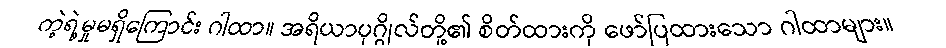
ကဲ့ရဲ့မှုမရှိကြောင်း ဂါထာ။ အရိယာပုဂ္ဂိုလ်တို့၏ စိတ်ထားကို ဖော်ပြထားသော ဂါထာများ။